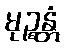
မုဉ္စန္တံ